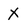
Character: X